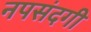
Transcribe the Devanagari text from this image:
नपसंदगी